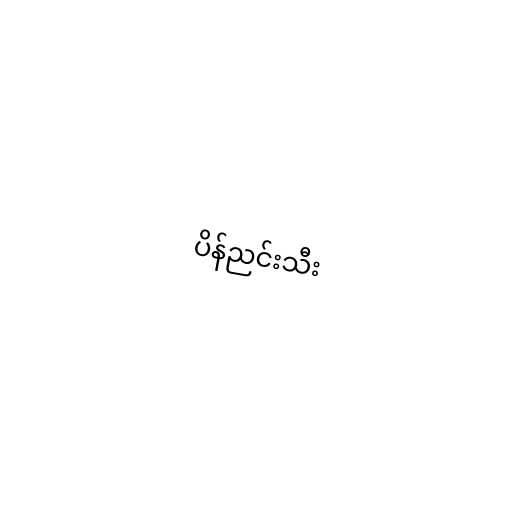
ပိန်ညင်းသီး